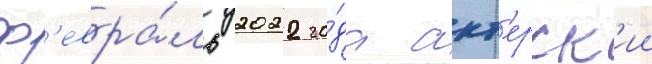
ф'евра́ль 2022 го́да акт'ерск'ии